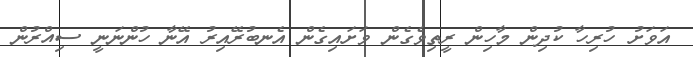
އަވަށު ހުރިހާ ކުދިން މާހިން ރީތިވެގެން ވަށައިގެން އެނބުރޭއިރު އޭނާ ހުންނަނީ ސިއްރުން